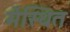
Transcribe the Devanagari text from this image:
मेंस्थित